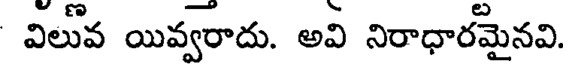
విలువ యివ్వరాదు. అవి నిరాధారమైనవి.